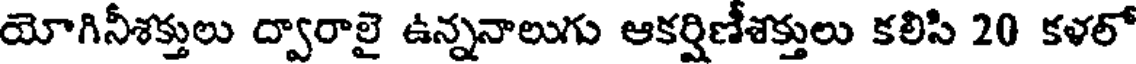
యోగినీశక్తులు ద్వారాలై ఉన్ననాలుగు ఆకర్షిణీశక్తులు కలిసి 20 కళలో